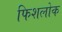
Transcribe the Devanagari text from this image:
फिशलोक